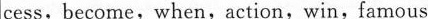
cess,become, when,action, win,famous